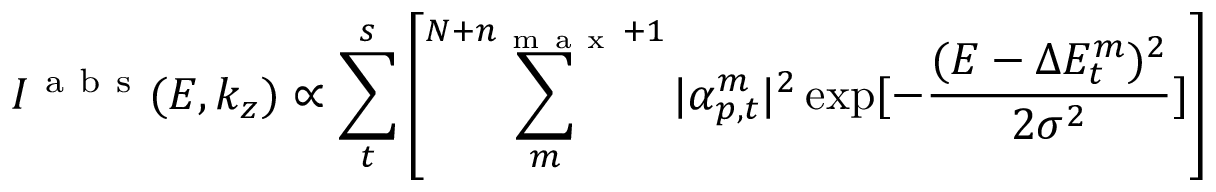
I ^ { \mathrm { ~ a ~ b ~ s ~ } } ( E , k _ { z } ) \propto \sum _ { t } ^ { s } \left[ \sum _ { m } ^ { N + n _ { \mathrm { ~ m ~ a ~ x ~ } } + 1 } | \alpha _ { p , t } ^ { m } | ^ { 2 } \exp [ - \frac { ( E - \Delta E _ { t } ^ { m } ) ^ { 2 } } { 2 \sigma ^ { 2 } } ] \right]